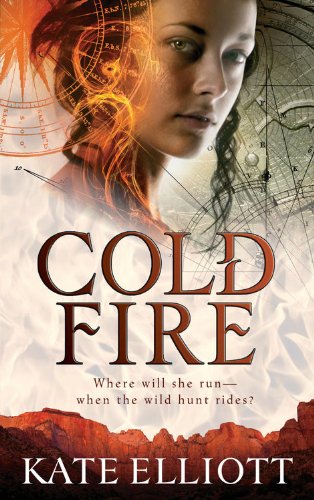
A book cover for Cold Fire (The Spiritwalker Trilogy); Kate Elliott; Science Fiction & Fantasy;